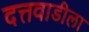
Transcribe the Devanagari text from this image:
दत्तवाडीला